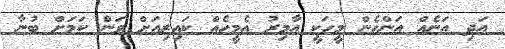
އަދި އަނެއް އަންހެން މީހަކީ އާމިރު އެމީހެއް ކައިރިއަށް ވަން ކަމަށް ބުނާ